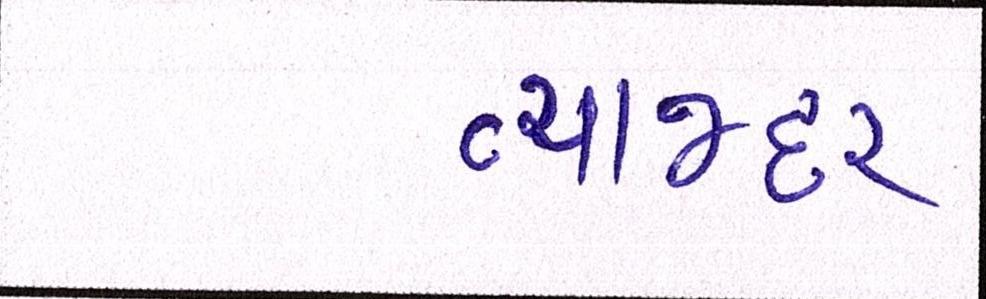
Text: વ્યાજદર